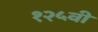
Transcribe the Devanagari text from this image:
१२५वी